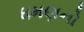
ધમણનો